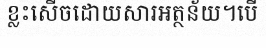
ខ្លះសើចដោយសារអត្ថន័យ។បើ